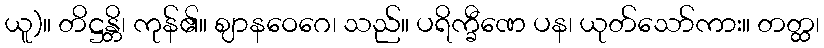
ယူ)။ တိဋ္ဌန္တိ၊ ကုန်၏။ ဈာနဝေဂေ၊ သည်။ ပရိက္ခီဏေ ပန၊ ယုတ်သော်ကား။ တတ္ထ၊